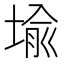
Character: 堬